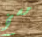
مسخ